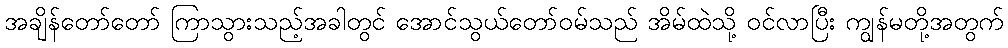
အချိန်တော်တော် ကြာသွားသည့်အခါတွင် အောင်သွယ်တော်ဝမ်သည် အိမ်ထဲသို့ ဝင်လာပြီး ကျွန်မတို့အတွက်